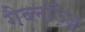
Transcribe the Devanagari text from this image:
गैब्लॉञ्ज़